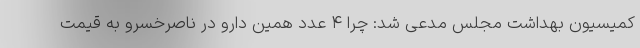
کمیسیون بهداشت مجلس مدعی شد: چرا ۴ عدد همین دارو در ناصرخسرو به قیمت